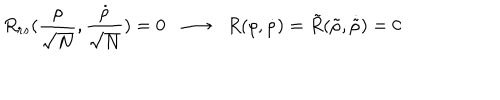
LaTeX: R _ { r s } ( \frac { \rho } { \sqrt N } , \frac { \dot { \rho } } { \sqrt N } ) = 0 \; \; \longrightarrow \; \; R ( \rho , \dot { \rho } ) = \tilde { R } ( \tilde { \rho } , \dot { \tilde { \rho } } ) = 0